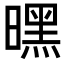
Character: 𭧪